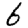
Digit: 6